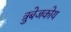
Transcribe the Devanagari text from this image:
त्रुबेजकोय